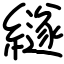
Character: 繸